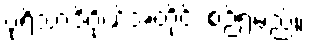
ပုရိသာဒိဂိုဏ်အတိုင်း စဉ်ရမည်။